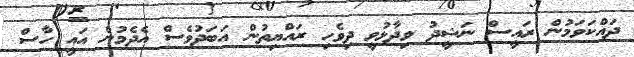
ދައްކަވަމުން ރައީސް ނަޝީދު ވިދާޅުވީ ދިވެހި ރައްޔިތުން އަބަދުވެސް އެދެމުން އައީ ހާސް